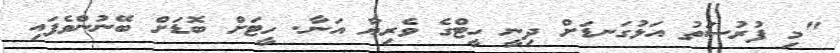
"މި ފުރުސަތު އަޅުގަނޑަށް ދިނީ ހީޓްގެ ވެރިޔާ އަނާ. ހީޓަށް ބޮޑަށް ބޭނުންވެފައި